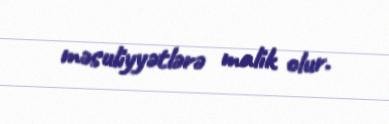
məsuliyyətlərə malik olur.